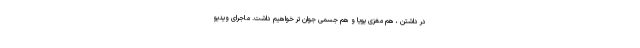
در داشتن ، هم مغزی پویا و هم جسمی جوان تر خواهیم داشت. ماجرای ویدیو